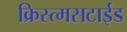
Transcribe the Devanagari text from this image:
क्रिस्त्मसटाईड